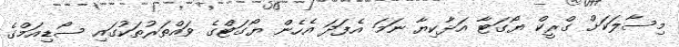
މިސާލަކަށް ގްރީކް ޔޯގަޓާ އަޅާކިޔާ ނަމަ އެފަދަ އެހެން ޔޯގަޓްގެ ވައްތަރުތަކުގައި ސޯޑިއަމްގެ